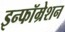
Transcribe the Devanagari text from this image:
इन्फॉम्रेशन